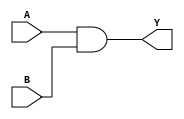
module combinational_logic (
    input wire A,       // Input A
    input wire B,       // Input B
    output reg Y       // Output Y
);

// Always block to model combinational logic
always @* begin
    Y = A & B;         // Procedural assignment for combinational logic
end

endmodule